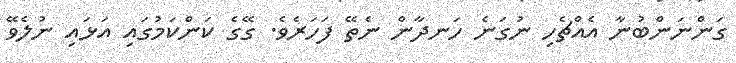
ގަންނަންބުނާ އެއްޗެހި ނުގަނެ ހަނދާން ނެތޭ ފަހަރެވެ. ގޭގެ ކަންކަމުގައި އަޅައި ނުލެވޭ